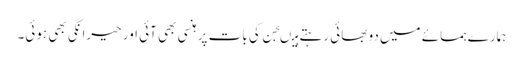
ہمارے ہمسائے میں دو بھائی رہتے ہیںجن کی بات پر ہنسی بھی آئی اور حیرانگی بھی ہوئی۔